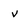
Character: v